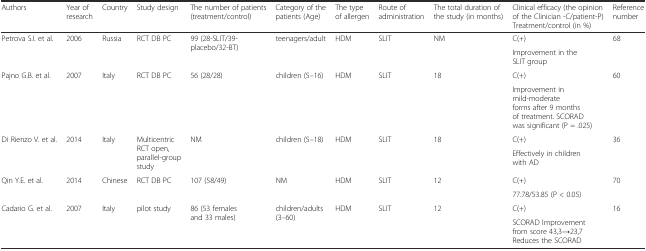
| Authors | Year of research | Country | Study design | The number of patients (treatment/control) | Category of the patients (Age) | The type of allergen | Route of administration | The total duration of the study (in months) | Clinical efficacy (the opinion of the Clinician -C/patient-P) Treatment/control (in %) | Reference number |
 | --- | --- | --- | --- | --- | --- | --- | --- | --- | --- | --- |
 | <ROWSPAN=2> Petrova S.I. et al. | <ROWSPAN=2> 2006 | <ROWSPAN=2> Russia | <ROWSPAN=2> RCT DB PC | <ROWSPAN=2> 99 (28-SLIT/39-placebo/32-BT) | <ROWSPAN=2> teenagers/adult | <ROWSPAN=2> HDM | <ROWSPAN=2> SLIT | <ROWSPAN=2> NM | C(+) | <ROWSPAN=2> 68 |
 | Improvement in the SLIT group |
 | <ROWSPAN=2> Pajno G.B. et al. | <ROWSPAN=2> 2007 | <ROWSPAN=2> Italy | <ROWSPAN=2> RCT DB PC | <ROWSPAN=2> 56 (28/28) | <ROWSPAN=2> children (5–16) | <ROWSPAN=2> HDM | <ROWSPAN=2> SLIT | <ROWSPAN=2> 18 | C(+) | <ROWSPAN=2> 60 |
 | Improvement in mild-moderate forms after 9 months of treatment. SCORAD was significant (P = .025) |
 | <ROWSPAN=2> Di Rienzo V. et al. | <ROWSPAN=2> 2014 | <ROWSPAN=2> Italy | <ROWSPAN=2> Multicentric RCT open, parallel-group study | <ROWSPAN=2> NM | <ROWSPAN=2> children (5–18) | <ROWSPAN=2> HDM | <ROWSPAN=2> SLIT | <ROWSPAN=2> 18 | C(+) | <ROWSPAN=2> 36 |
 | Effectively in children with AD |
 | <ROWSPAN=2> Qin Y.E. et al. | <ROWSPAN=2> 2014 | <ROWSPAN=2> Chinese | <ROWSPAN=2> RCT DB PC | <ROWSPAN=2> 107 (58/49) | <ROWSPAN=2> NM | <ROWSPAN=2> HDM | <ROWSPAN=2> SLIT | <ROWSPAN=2> 12 | C(+) | <ROWSPAN=2> 70 |
 | 77.78/53.85 (P < 0.05) |
 | <ROWSPAN=2> Cadario G. et al. | <ROWSPAN=2> 2007 | <ROWSPAN=2> Italy | <ROWSPAN=2> pilot study | <ROWSPAN=2> 86 (53 females and 33 males) | <ROWSPAN=2> children/adults (3–60) | <ROWSPAN=2> HDM | <ROWSPAN=2> SLIT | <ROWSPAN=2> 12 | C(+) | <ROWSPAN=2> 16 |
 | SCORAD Improvement from score 43,3→23,7 Reduces the SCORAD |